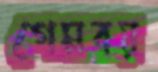
গেমবয়